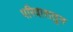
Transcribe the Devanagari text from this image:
परिवारातुन